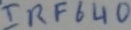
Text: IRF640